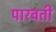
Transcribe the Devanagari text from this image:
पारवती